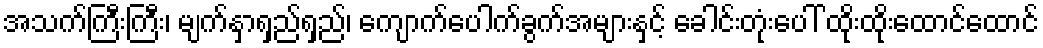
အသက်ကြီးကြီး၊ မျက်နှာရှည်ရှည်၊ ကျောက်ပေါက်ခွက်အများနှင့် ခေါင်းတုံးပေါ် ထိုးထိုးထောင်ထောင်